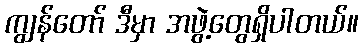
ကျွန်တော် ဒီမှာ အဖွဲ့တွေရှိပါတယ်။